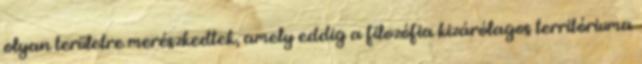
olyan területre merészkedtek, amely eddig a filozófia kizárólagos territóriuma